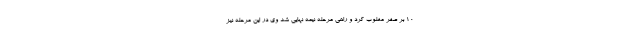
۱۰ بر صفر مغلوب کرد و راهی مرحله نیمه نهایی شد وی در این مرحله نیز